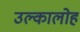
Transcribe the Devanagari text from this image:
उल्कालोह